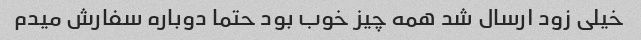
خیلی زود ارسال شد همه چیز خوب بود حتما دوباره سفارش میدم